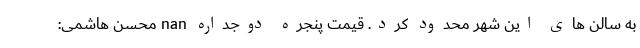
به سالن های این شهر محدود کرد. قیمت پنجره دوجداره nan محسن هاشمی: